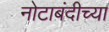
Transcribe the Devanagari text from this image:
नोटाबंदीच्या